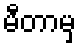
မီတာမှ